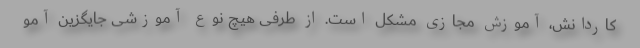
کاردانش، آموزش مجازی مشکل است. از طرفی هیچ نوع آموزشی جایگزین آمو